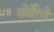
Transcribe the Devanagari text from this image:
सोर्देलो